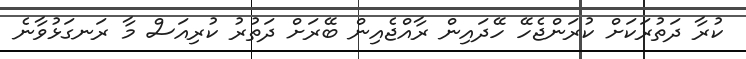
ކުރާ ދަތުރަކަށް ކުރަންޖެހޭ ހޭދައިން ރާއްޖެއިން ބޭރަށް ދަތުރު ކުރިއަސް މާ ރަނގަޅުވާނެ